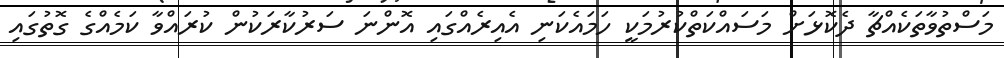
މަސްތުވާތަކެއްޗާ ދެކޮޅަށް މަސައްކަތްކުރުމަކީ ހަމައެކަނި އެއިރެއްގައި އޮންނަ ސަރުކާރަކުން ކުރައްވާ ކަމެއްގެ ގޮތުގައި